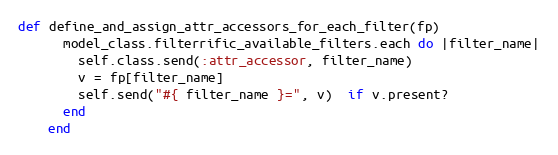
Language: Ruby
def define_and_assign_attr_accessors_for_each_filter(fp)
      model_class.filterrific_available_filters.each do |filter_name|
        self.class.send(:attr_accessor, filter_name)
        v = fp[filter_name]
        self.send("#{ filter_name }=", v)  if v.present?
      end
    end